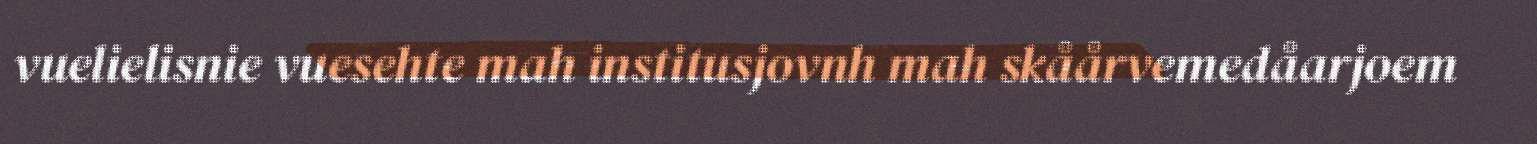
vuelielisnie vuesehte mah institusjovnh mah skåårvemedåarjoem